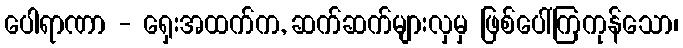
ပေါရာဏာ - ရှေးအထက်က, ဆက်ဆက်များလှမှ ဖြစ်ပေါ်ကြကုန်သော၊